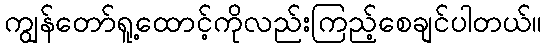
ကျွန်တော်ရူ့ထောင့်ကိုလည်းကြည့်စေချင်ပါတယ်။